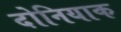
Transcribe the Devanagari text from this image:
दोनियाक